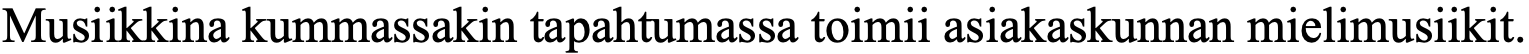
Musiikkina kummassakin tapahtumassa toimii asiakaskunnan mielimusiikit.